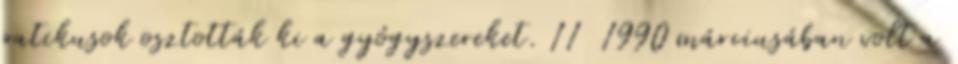
patikusok osztották ki a gyógyszereket. 11 1990 márciusában volt a